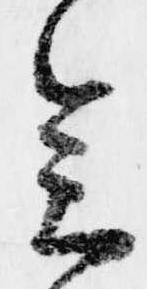
会